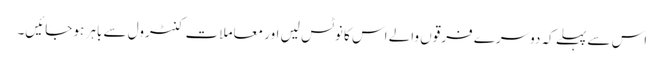
اس سے پہلے کہ دوسرے فرقوں والے اس کا نوٹس لیں اور معاملات کنٹرول سے باہر ہو جائیں۔